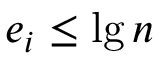
e _ { i } \leq \lg n